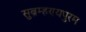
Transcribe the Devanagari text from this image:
सुब्रम्हण्यपुरम